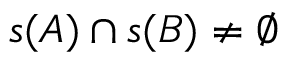
s ( A ) \cap s ( B ) \neq \emptyset